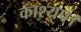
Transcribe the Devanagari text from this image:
काश्यप।